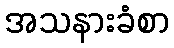
အသနားခံစာ